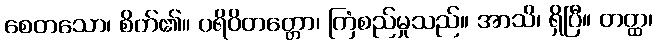
စေတသော၊ စိတ်၏။ ပရိဝိတတ္တော၊ ကြံစည်မှုသည်။ အာသိ၊ ရှိပြီ။ တတ္ထ၊